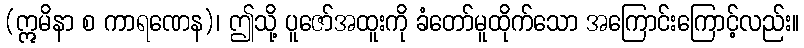
(ဣမိနာ စ ကာရဏေန)၊ ဤသို့ ပူဇော်အထူးကို ခံတော်မူထိုက်သော အကြောင်းကြောင့်လည်း။